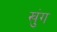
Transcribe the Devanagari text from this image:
खुंग